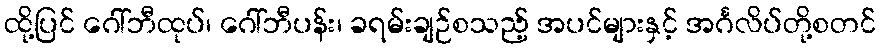
ထို့ပြင် ဂေါ်ဘီထုပ်၊ ဂေါ်ဘီပန်း၊ ခရမ်းချဉ်စသည့် အပင်များနှင့် အင်္ဂလိပ်တို့စတင်